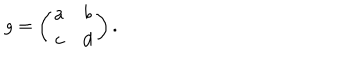
g = \left( \begin{array} { c c } { { a } } & { { b } } \\ { { c } } & { { d } } \\ \end{array} \right) .